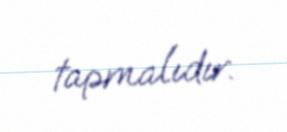
tapmalıdır.